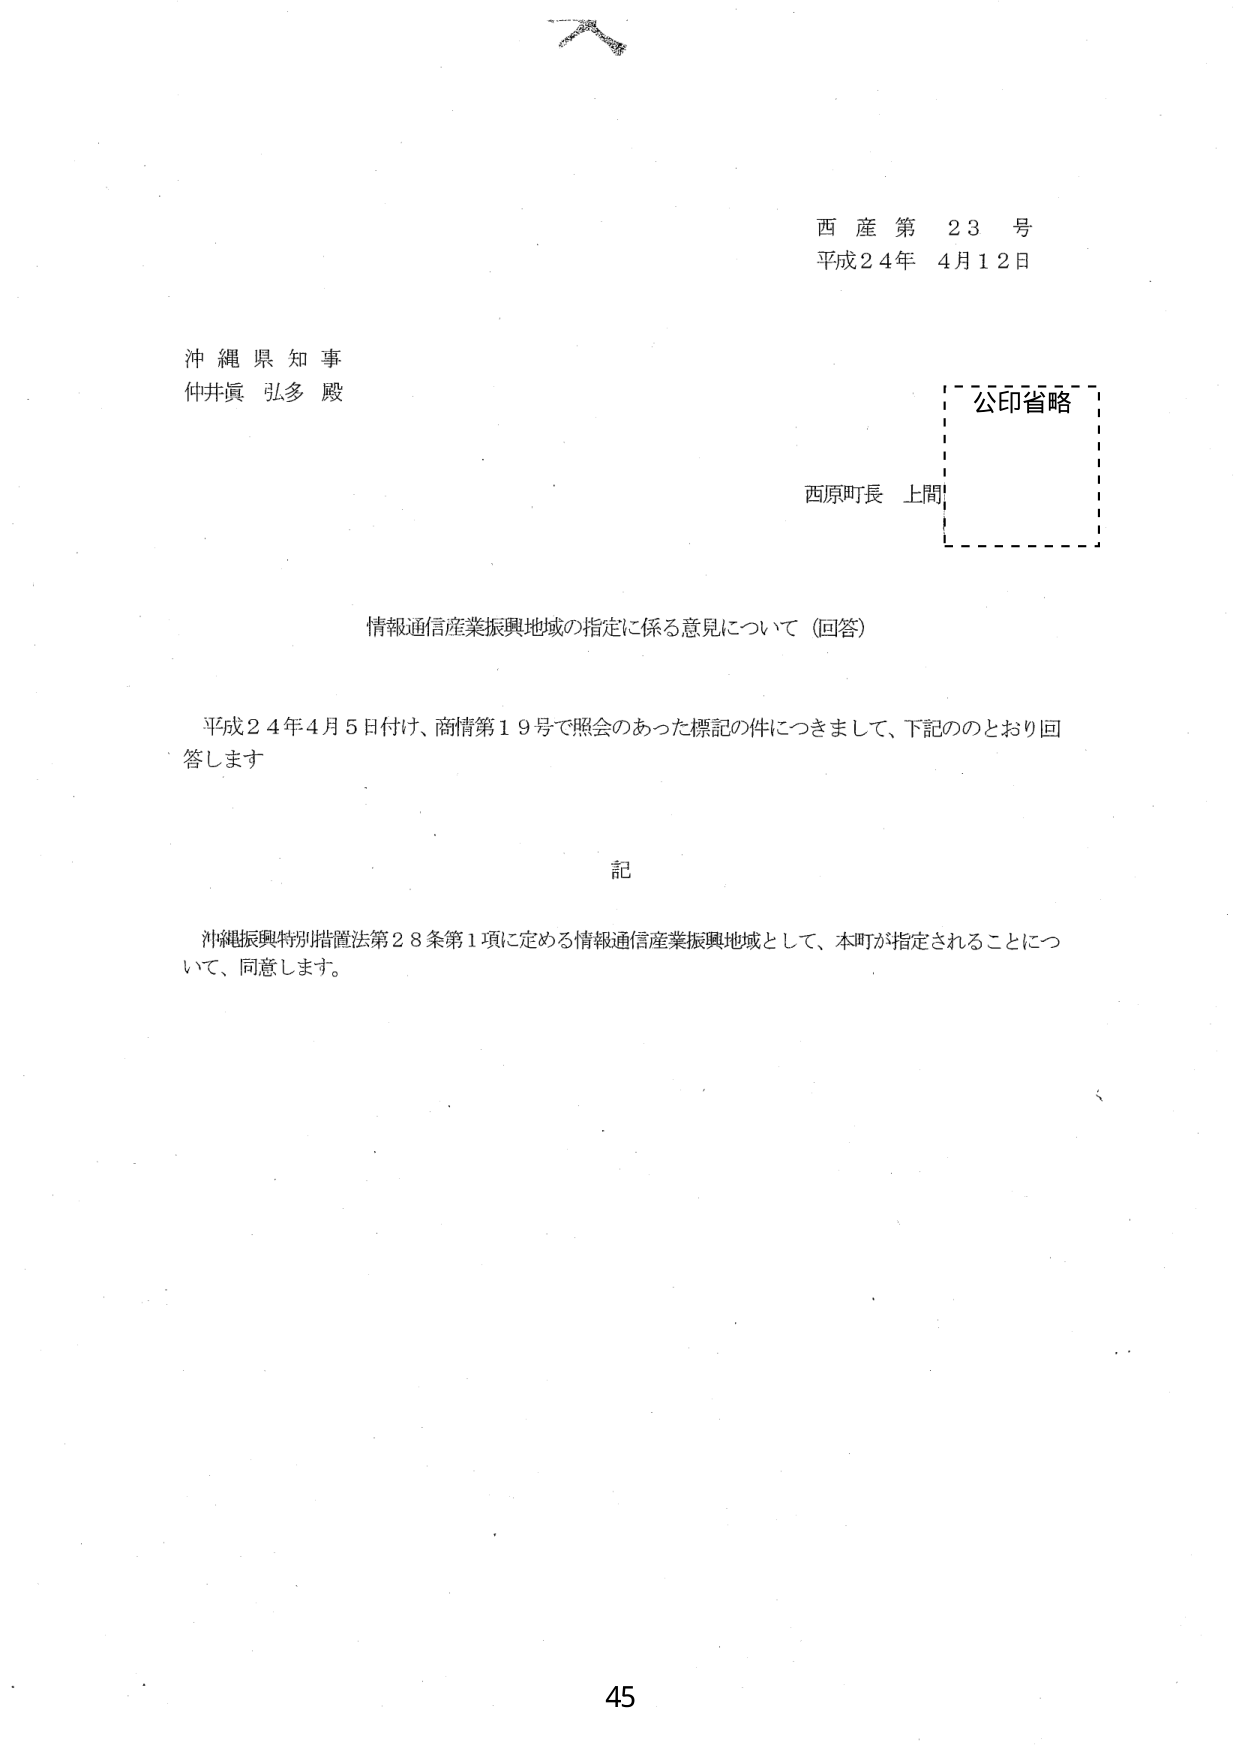
西産第 23 号
平成24年 4月12日

沖縄県知事
仲井眞 弘多 殿

西原町長 上間
公印省略

情報通信産業振興地域の指定に係る意見について（回答）

平成24年4月5日付け、商情第19号で照会のあった標記の件につきまして、下記のとおり回答します。

記

沖縄振興特別措置法第28条第1項に定める情報通信産業振興地域として、本町が指定されることについて、同意します。

45